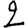
Digit: 2